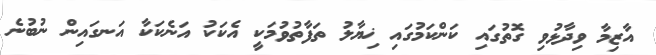
އާޒިމާ ވިދާޅުވި ގޮތުގައި ކަންކަމުގައި ޚިޔާލު ތަފާތުވުމަކީ އެކަކު އަނެކަކާ އަނގައިން ނުބުނެ